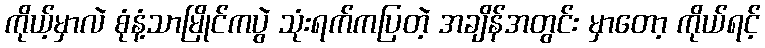
ကိုယ့်မှာလဲ စုံနံ့သာမြိုင်ကပွဲ သုံးရက်ကပြတဲ့ အချိန်အတွင်း မှာတော့ ကိုယ်ရင့်